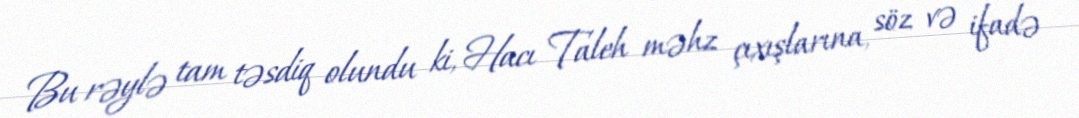
Bu rəylə tam təsdiq olundu ki, Hacı Taleh məhz çıxışlarına, söz və ifadə